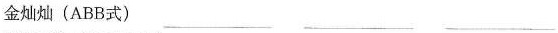
金灿灿（ABB式）___